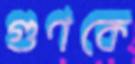
গুণকে